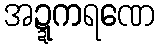
အဍ္ဍကရဏေ